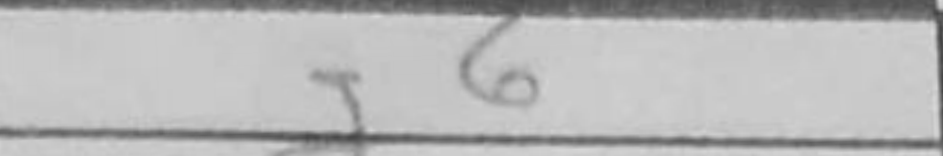
Transcription: g6